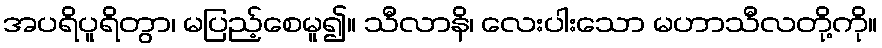
အပရိပူရိတွာ၊ မပြည့်စေမူ၍။ သီလာနိ၊ လေးပါးသော မဟာသီလတို့ကို။